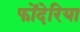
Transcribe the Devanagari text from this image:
फोंदेरिया